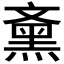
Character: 𪐰